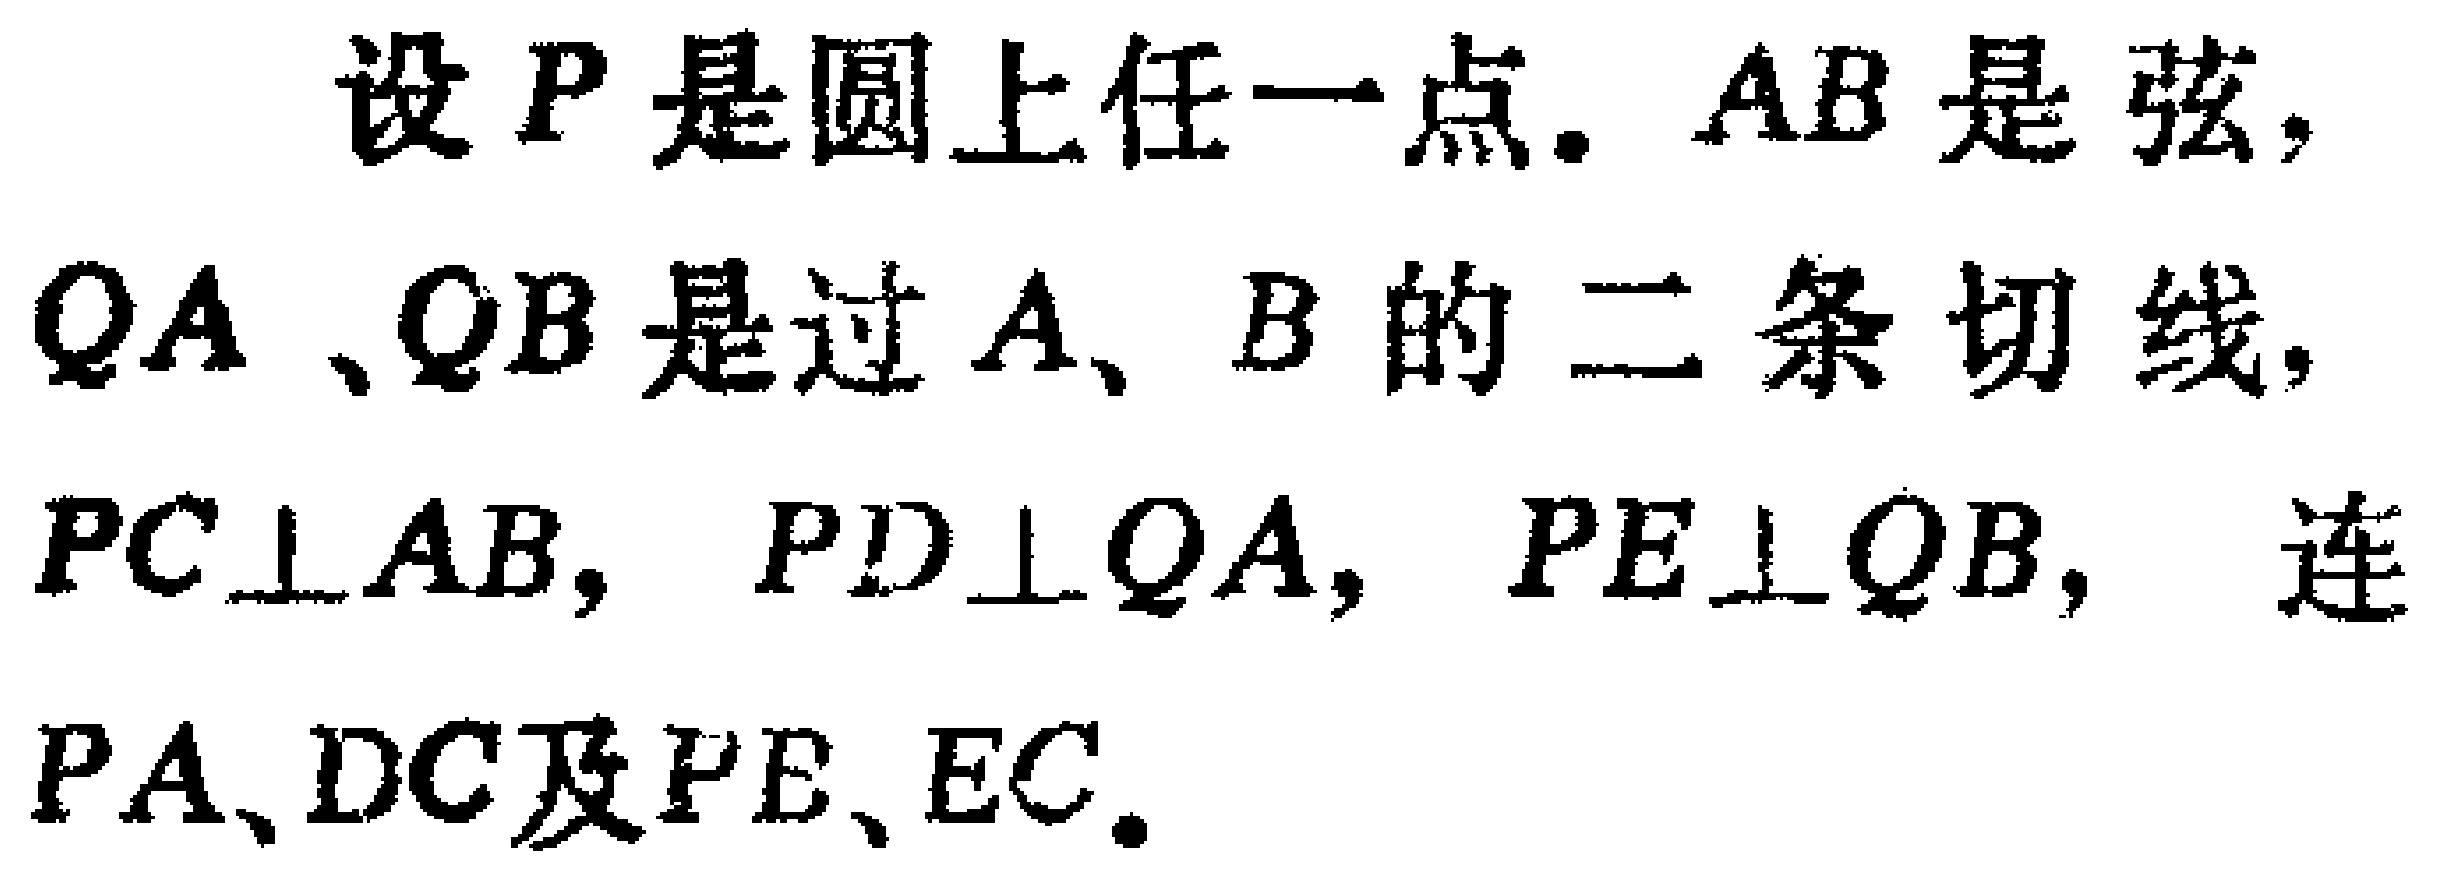
设 \(P\) 是圆上任一点. \(AB\) 是弦，\(QA\)、\(QB\) 是过 \(A\)、\(B\) 的二条切线，\(PC\perp AB\)，\(PD\perp QA\)，\(PE\perp QB\)，连 \(PA\)、\(DC\) 及 \(PE\)、\(EC\).